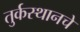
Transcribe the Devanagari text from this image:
तुर्कस्थानचे